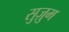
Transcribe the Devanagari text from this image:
सुज़ुम